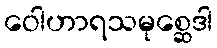
ဝေါဟာရသမုစ္ဆေဒါ